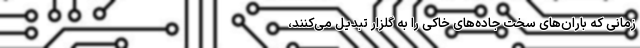
زمانی که باران‌های سخت جاده‌های خاکی را به گِلزار تبدیل می‌کنند،